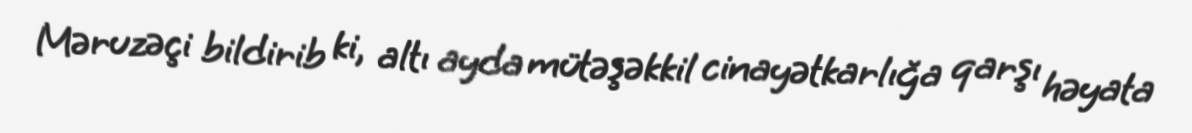
Məruzəçi bildirib ki, altı ayda mütəşəkkil cinayətkarlığa qarşı həyata